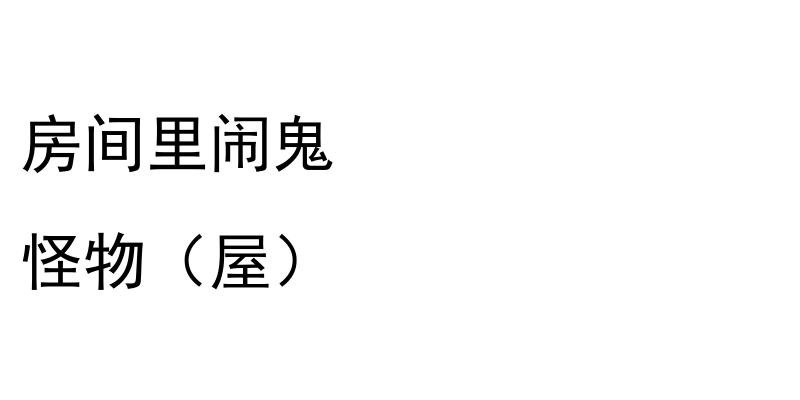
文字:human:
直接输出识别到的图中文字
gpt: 房间里闹鬼 怪物（屋）